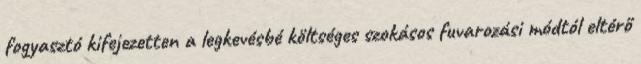
fogyasztó kifejezetten a legkevésbé költséges szokásos fuvarozási módtól eltérő